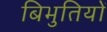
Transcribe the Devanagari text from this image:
बिभुतियों